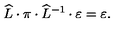
\widehat { L } \cdot \pi \cdot \widehat { L } ^ { - 1 } \cdot \varepsilon = \varepsilon .